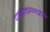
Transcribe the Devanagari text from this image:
पात्रत्वाद्धनमाप्नोति